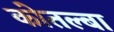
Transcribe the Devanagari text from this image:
कोतल्बा